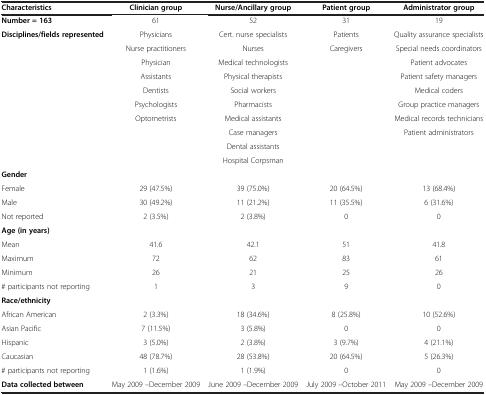
<table><thead><tr><td><b>Characteristics</b></td><td><b>Clinician group</b></td><td><b>Nurse/Ancillary group</b></td><td><b>Patient group</b></td><td><b>Administrator group</b></td></tr></thead><tbody><tr><td><b>Number = 163</b></td><td>61</td><td>52</td><td>31</td><td>19</td></tr><tr><td rowspan="10"><b>Disciplines/fields represented</b></td><td>Physicians</td><td>Cert. nurse specialists</td><td>Patients</td><td>Quality assurance specialists</td></tr><tr><td>Nurse practitioners</td><td>Nurses</td><td>Caregivers</td><td>Special needs coordinators</td></tr><tr><td>Physician</td><td>Medical technologists</td><td> </td><td>Patient advocates</td></tr><tr><td>Assistants</td><td>Physical therapists</td><td> </td><td>Patient safety managers</td></tr><tr><td>Dentists</td><td>Social workers</td><td> </td><td>Medical coders</td></tr><tr><td>Psychologists</td><td>Pharmacists</td><td> </td><td>Group practice managers</td></tr><tr><td>Optometrists</td><td>Medical assistants</td><td> </td><td>Medical records technicians</td></tr><tr><td> </td><td>Case managers</td><td> </td><td>Patient administrators</td></tr><tr><td> </td><td>Dental assistants</td><td> </td><td> </td></tr><tr><td> </td><td>Hospital Corpsman</td><td> </td><td> </td></tr><tr><td><b>Gender</b></td><td> </td><td> </td><td> </td><td> </td></tr><tr><td>Female</td><td>29 (47.5%)</td><td>39 (75.0%)</td><td>20 (64.5%)</td><td>13 (68.4%)</td></tr><tr><td>Male</td><td>30 (49.2%)</td><td>11 (21.2%)</td><td>11 (35.5%)</td><td>6 (31.6%)</td></tr><tr><td>Not reported</td><td>2 (3.5%)</td><td>2 (3.8%)</td><td>0</td><td>0</td></tr><tr><td><b>Age (in years)</b></td><td> </td><td> </td><td> </td><td> </td></tr><tr><td>Mean</td><td>41.6</td><td>42.1</td><td>51</td><td>41.8</td></tr><tr><td>Maximum</td><td>72</td><td>62</td><td>83</td><td>61</td></tr><tr><td>Minimum</td><td>26</td><td>21</td><td>25</td><td>26</td></tr><tr><td># participants not reporting</td><td>1</td><td>3</td><td>9</td><td>0</td></tr><tr><td><b>Race/ethnicity</b></td><td> </td><td> </td><td> </td><td> </td></tr><tr><td>African American</td><td>2 (3.3%)</td><td>18 (34.6%)</td><td>8 (25.8%)</td><td>10 (52.6%)</td></tr><tr><td>Asian Pacific</td><td>7 (11.5%)</td><td>3 (5.8%)</td><td>0</td><td>0</td></tr><tr><td>Hispanic</td><td>3 (5.0%)</td><td>2 (3.8%)</td><td>3 (9.7%)</td><td>4 (21.1%)</td></tr><tr><td>Caucasian</td><td>48 (78.7%)</td><td>28 (53.8%)</td><td>20 (64.5%)</td><td>5 (26.3%)</td></tr><tr><td># participants not reporting</td><td>1 (1.6%)</td><td>1 (1.9%)</td><td>0</td><td>0</td></tr><tr><td><b>Data collected between</b></td><td>May 2009 –December 2009</td><td>June 2009 –December 2009</td><td>July 2009 –October 2011</td><td>May 2009 –December 2009</td></tr></tbody></table>